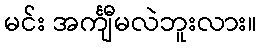
မင်း အင်္ကျီမလဲဘူးလား။